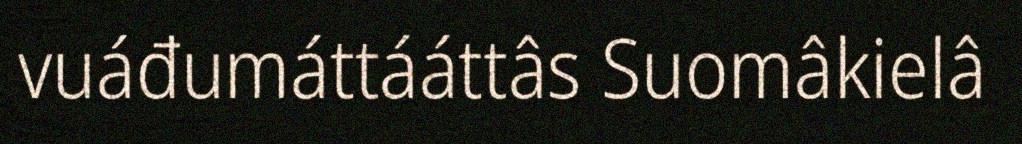
vuáđumáttááttâs Suomâkielâ